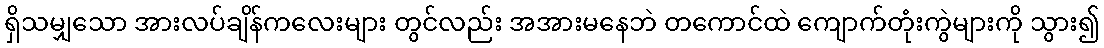
ရှိသမျှသော အားလပ်ချိန်ကလေးများ တွင်လည်း အအားမနေဘဲ တကောင်ထဲ ကျောက်တုံးကွဲများကို သွား၍